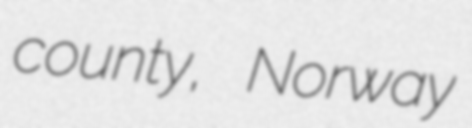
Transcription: county, Norway